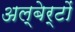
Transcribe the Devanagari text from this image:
अल्बेर्टों